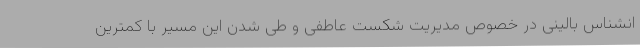
انشناس بالینی در خصوص مدیریت شکست عاطفی و طی شدن این مسیر با کمترین